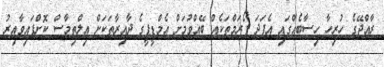
ރާއްޖޭގެ ހުރިހާ ހިސާބެއްގައި އެފަދަ ފޯރަމްތަކެއް ބޭއްވުމަށް އެމްޑީޕީގެ ދާއިރާތަކަށް އިލްތިމާސް ކޮށްފައިވާއިރު